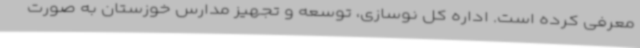
معرفی کرده است. اداره کل نوسازی، توسعه و تجهیز مدارس خوزستان به صورت